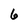
Character: 6